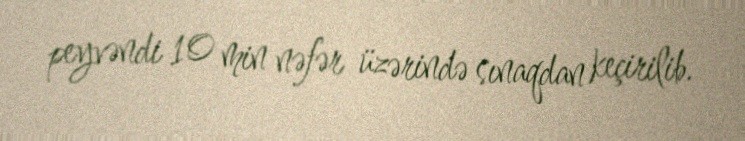
peyvəndi 10 min nəfər üzərində sınaqdan keçirilib.